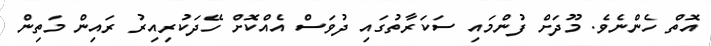
އޮތް ހެންނެވެ. މޫދަށް ފުންމައި ސަކަރާތުގައި ދުވަސް އެއްކޮށް ހޭދަކުރިއިރު ރައިން މަތިން